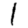
Digit: 1